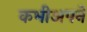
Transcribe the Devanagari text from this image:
कभीअपने